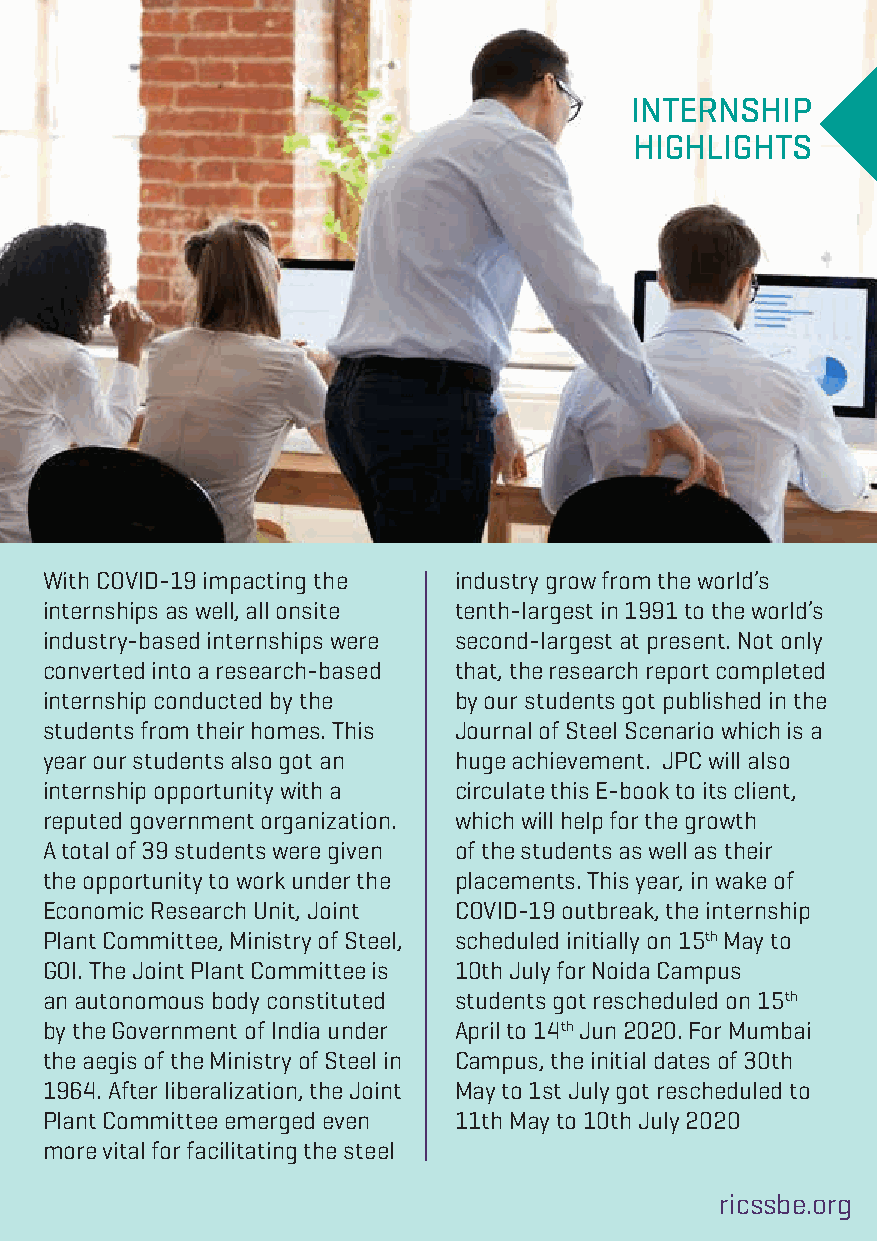
INTERNSHIP
 HIGHLIGHTS
 With COVID-19 impacting the industry grow from the world’s
 internships as well, all onsite tenth-largest in 1991 to the world’s
 industry-based internships were second-largest at present. Not only
 converted into a research-based that, the research report completed
 internship conducted by the by our students got published in the
 students from their homes. This Journal of Steel Scenario which is a
 year our students also got an huge achievement. JPC will also
 internship opportunity with a circulate this E-book to its client,
 reputed government organization. which will help for the growth
 A total of 39 students were given of the students as well as their
 the opportunity to work under the placements. This year, in wake of
 Economic Research Unit, Joint COVID-19 outbreak, the internship
 Plant Committee, Ministry of Steel, scheduled initially on 15th May to
 GOI. The Joint Plant Committee is 10th July for Noida Campus
 an autonomous body constituted students got rescheduled on 15th
 by the Government of India under April to 14th Jun 2020. For Mumbai
 the aegis of the Ministry of Steel in Campus, the initial dates of 30th
 1964. After liberalization, the Joint May to 1st July got rescheduled to
 Plant Committee emerged even 11th May to 10th July 2020
 more vital for facilitating the steel
 ricssbe.org